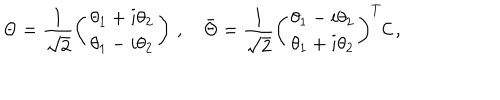
\Theta = \frac { 1 } { \sqrt { 2 } } \left( \begin{matrix} { { \theta _ { 1 } + i \theta _ { 2 } } } \\ { { \theta _ { 1 } - i \theta _ { 2 } } } \\ \end{matrix} \right) \, , \quad \bar { \Theta } = \frac { 1 } { \sqrt { 2 } } \left( \begin{matrix} { { \theta _ { 1 } - i \theta _ { 2 } } } \\ { { \theta _ { 1 } + i \theta _ { 2 } } } \\ \end{matrix} \right) ^ { T } { \cal C } \, ,